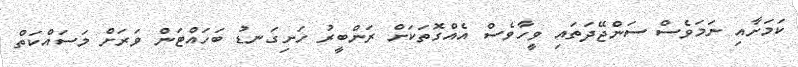
ކަމަށާއި ނަމަވެސް ސަންޖޭދަތައި ވީހާވެސް އެއްގޮތަކަށް ރަންބީރު ހަށިގަނޑު ބަހައްޓަން ވަރަށް މަސައްކަތް